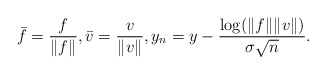
\begin{align*}\bar f = \frac{f}{\|f\|}, \bar v = \frac{v}{\|v\|}, y_n = y - \frac{\log (\|f\| \|v\|)}{\sigma \sqrt{n}}. \end{align*}